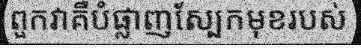
ពួកវាគឺបំផ្លាញស្បែកមុខរបស់